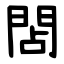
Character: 䦓